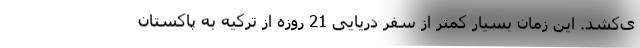
ی‌کشد. این زمان بسیار کمتر از سفر دریایی 21 روزه از ترکیه به پاکستان